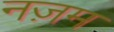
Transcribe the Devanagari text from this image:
नज़म